Vaccine operations Central Provinces 1900-1911 - 1900-1911
Year: 1900
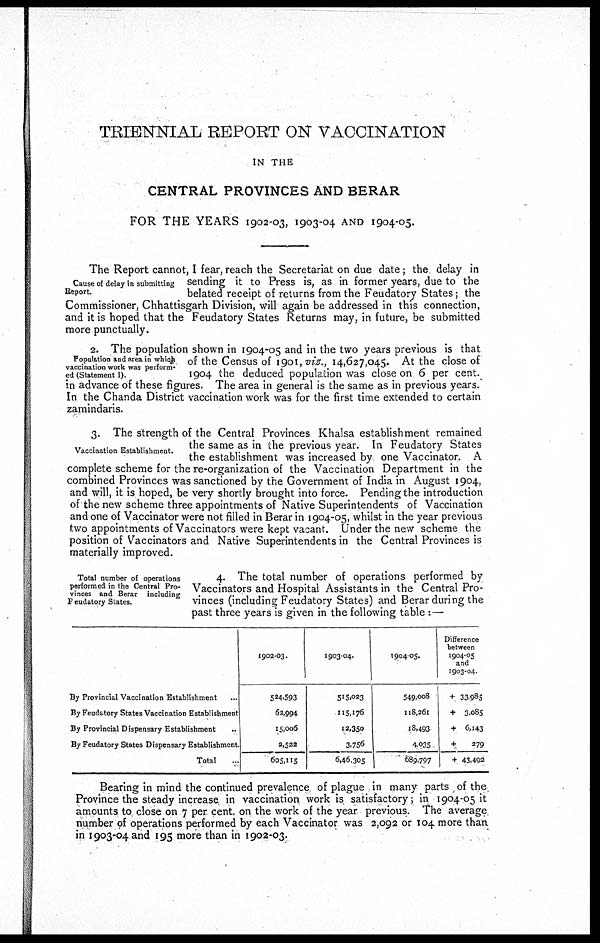
TRIENNIAL REPORT ON VACCINATION
IN THE
CENTRAL PROVINCES AND BERAR
FOR THE YEARS 1902-03, 1903-04 AND 1904-05.
Cause of delay in submitting
Report.
The Report cannot, I fear, reach the Secretariat on due date ; the delay in
sending it to Press is, as in former years, due to the
belated receipt of returns from the Feudatory States; the
Commissioner, Chhattisgarh Division, will again be addressed in this connection,
and it is hoped that the Feudatory States Returns may, in future, be submitted
more punctually.
Population and area in which
vaccination work was perform¬
ed (Statement I).
2. The population shown in 1904-05 and in the two years previous is that
of the Census of 1901,viz., 14,627,045. At the close of
1904 the deduced population was close on 6 per cent.
in advance of these figures. The area in general is the same as in previous years.
In the Chanda District vaccination work was for the first time extended to certain
zamindaris.
Vaccination Establishment.
3. The strength of the Central Provinces Khalsa establishment remained
the same as in the previous year. In Feudatory States
the establishment was increased by one Vaccinator. A
complete scheme for the re-organization of the Vaccination Department in the
combined Provinces was sanctioned by the Government of India in August 1904,
and will, it is hoped, be very shortly brought into force. Pending the introduction
of the new scheme three appointments of Native Superintendents of Vaccination
and one of Vaccinator were not filled in Berar in 1904-05, whilst in the year previous
two appointments of Vaccinators were kept vacant. Under the new scheme the
position of Vaccinators and Native Superintendents in the Central Provinces is
materially improved.
Total number of operations
performed in the Central Pro-
vinces and Berar including
Feudatory States.
4. The total number of operations performed by
Vaccinators and Hospital Assistants in the Central Pro-
vinces (including Feudatory States) and Berar during the
past three years is given in the following table :—
By Provincial Vaccination Establishment ...
By Feudatory States Vaccination Establishment
By Provincial Dispensary Establishment ...
By Feudatory States Dispensary Establishment. ...
Total
...
1902-03.
524,593
62,994
15,006
2,522
605,115
1903-04'
515,023
115,176
12,350
3,756
6,46,305
1904-05.
549,008
118,261
18,493
4,035
689,797
Difference
between
1904-05
and
1903-04
+ 33,985
+3,085
+6,143
+
279
+ 43,492
Bearing in mind the continued prevalence of plague in many parts of the
Province the steady increase in vaccination work is satisfactory; in 1904-05 it
amounts to close on 7 per cent. on the work of the year previous. The average
number of operations performed by each Vaccinator was 2,092 or 104 more than
in 1903-04 and 195 more than in 1902-03.